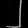
Digit: ၂